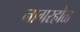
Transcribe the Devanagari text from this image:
नागरहोळ